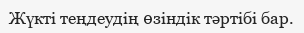
Жүкті теңдеудің өзіндік тәртібі бар.